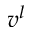
v ^ { l }